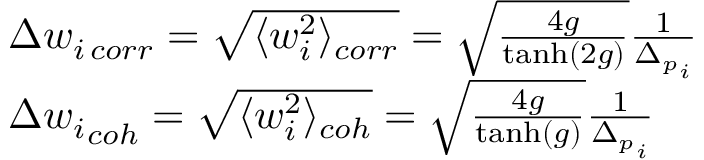
\begin{array} { r l } & { \Delta w _ { i \, c o r r } = \sqrt { \langle w _ { i } ^ { 2 } \rangle _ { c o r r } } = \sqrt { \frac { 4 g } { \operatorname { t a n h } ( 2 g ) } } \frac { 1 } { { \Delta _ { p } } _ { i } } } \\ & { \Delta { w _ { i } } _ { c o h } = \sqrt { \langle w _ { i } ^ { 2 } \rangle _ { c o h } } = \sqrt { \frac { 4 g } { \operatorname { t a n h } ( g ) } } \frac { 1 } { { \Delta _ { p } } _ { i } } } \end{array}